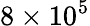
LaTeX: \mathrm{8\times 10^{5}}